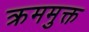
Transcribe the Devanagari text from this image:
क्रममुक्त